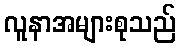
လူနာအများစုသည်